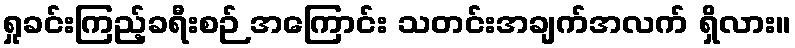
ရှုခင်းကြည့်ခရီးစဉ် အကြောင်း သတင်းအချက်အလက် ရှိလား။